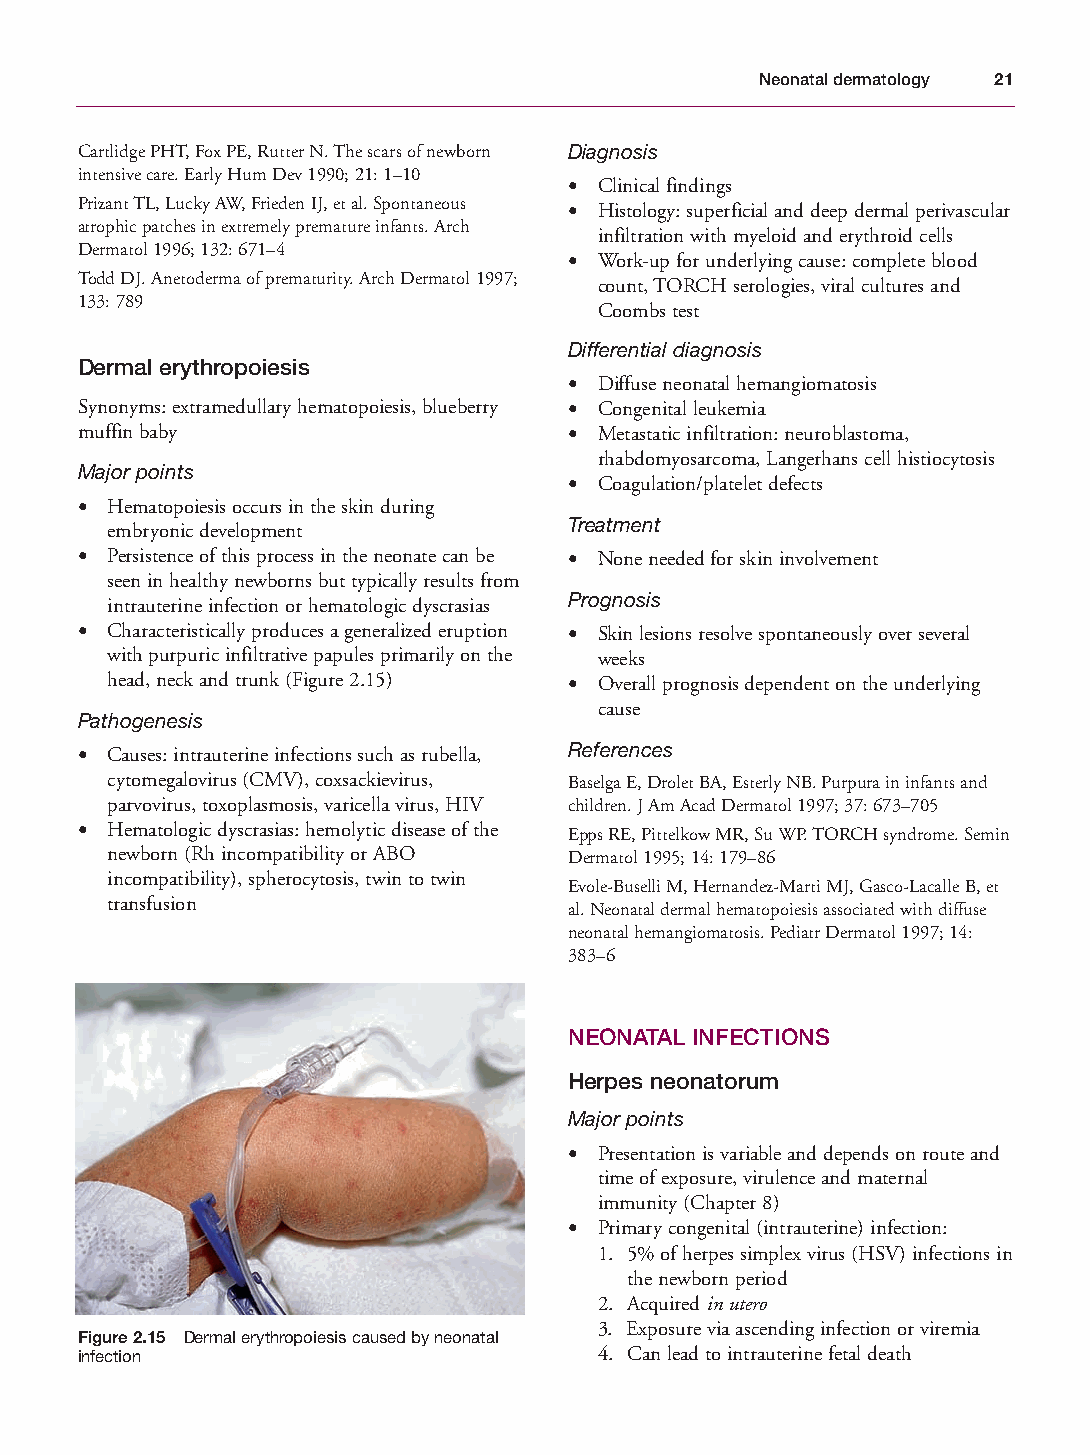
Mallory Chapter 02 27/1/05 1:20 pm Page 21
 Neonatal dermatology 21
 Cartlidge PHT, Fox PE, Rutter N. The scars of newborn Diagnosis
 intensive care. Early Hum Dev 1990; 21: 1–10
 • Clinical findings
 Prizant TL, Lucky AW, Frieden IJ, et al. Spontaneous • Histology: superficial and deep dermal perivascular
 atrophic patches in extremely premature infants. Arch
 infiltration with myeloid and erythroid cells
 Dermatol 1996; 132: 671–4
 • Work-up for underlying cause: complete blood
 Todd DJ. Anetoderma of prematurity. Arch Dermatol 1997;
 count, TORCH serologies, viral cultures and
 133: 789
 Coombs test
 Differential diagnosis
 Dermal erythropoiesis
 • Diffuse neonatal hemangiomatosis
 Synonyms: extramedullary hematopoiesis, blueberry • Congenital leukemia
 muffin baby                      • Metastatic infiltration: neuroblastoma,
 rhabdomyosarcoma, Langerhans cell histiocytosis
 Major points
 • Coagulation/platelet defects
 • Hematopoiesis occurs in the skin during
 Treatment
 embryonic development
 • Persistence of this process in the neonate can be • None needed for skin involvement
 seen in healthy newborns but typically results from
 Prognosis
 intrauterine infection or hematologic dyscrasias
 • Characteristically produces a generalized eruption • Skin lesions resolve spontaneously over several
 with purpuric infiltrative papules primarily on the weeks
 head, neck and trunk (Figure 2.15) • Overall prognosis dependent on the underlying
 cause
 Pathogenesis
 • Causes: intrauterine infections such as rubella, References
 cytomegalovirus (CMV), coxsackievirus, Baselga E, Drolet BA, Esterly NB. Purpura in infants and
 parvovirus, toxoplasmosis, varicella virus, HIV children. J Am Acad Dermatol 1997; 37: 673–705
 • Hematologic dyscrasias: hemolytic disease of the Epps RE, Pittelkow MR, Su WP. TORCH syndrome. Semin
 newborn (Rh incompatibility or ABO Dermatol 1995; 14: 179–86
 incompatibility), spherocytosis, twin to twin
 Evole-Buselli M, Hernandez-Marti MJ, Gasco-Lacalle B, et
 transfusion
 al. Neonatal dermal hematopoiesis associated with diffuse
 neonatal hemangiomatosis. Pediatr Dermatol 1997; 14:
 383–6
 NEONATAL INFECTIONS
 Herpes neonatorum
 Major points
 • Presentation is variable and depends on route and
 time of exposure, virulence and maternal
 immunity (Chapter 8)
 • Primary congenital (intrauterine) infection:
 1. 5% of herpes simplex virus (HSV) infections in
 the newborn period
 2. Acquired in utero
 3. Exposure via ascending infection or viremia
 Figure 2.15 Dermal erythropoiesis caused by neonatal
 infection                          4. Can lead to intrauterine fetal death